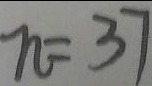
n = 3 7